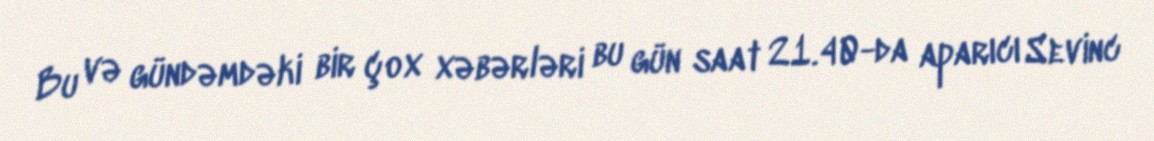
Bu və gündəmdəki bir çox xəbərləri bu gün saat 21.40-da aparıcı Sevinc